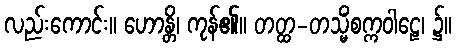
လည်းကောင်း။ ဟောန္တိ၊ ကုန်၏။ တတ္ထ-တသ္မိံစက္ကဝါဠေ၊ ၌။